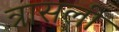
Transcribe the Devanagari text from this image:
त्रासली